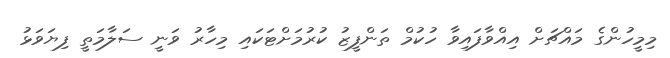
މިމީހުންގެ މައްޗަށް އިއްވާފައިވާ ހުކުމް ތަންފީޒު ކުރުމަށްޓަކައި މިހާރު ވަނީ ސަލާމަތީ ފިޔަވަޅު